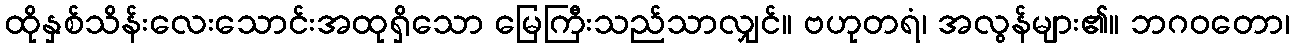
ထိုနှစ်သိန်းလေးသောင်းအထုရှိသော မြေကြီးသည်သာလျှင်။ ဗဟုတရံ၊ အလွန်များ၏။ ဘဂဝတော၊